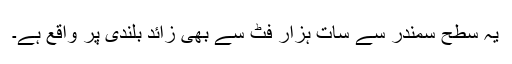
یہ سطح سمندر سے سات ہزار فٹ سے بھی زائد بلندی پر واقع ہے۔